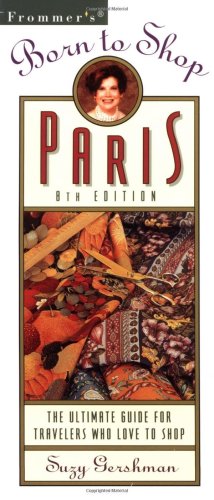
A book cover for Frommer'sÃE Born to Shop Paris: The Ultimate Guide to Travelers Who Love to Shop; Suzy Gershman; Travel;